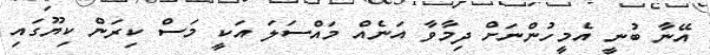
އޭނާ ބުނީ އެމީހުންނަށް ދިމާވާ އަނެއް މައްސަލަ އަކީ މަސް ކިރަން ކިޔޫގައި